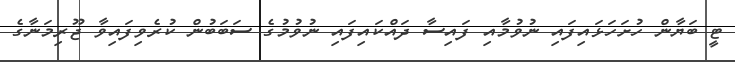
ޓީ ބަޔާން ހުށަހަޅައިފައި ނުވުމާއި ފައިސާ ދައްކައިފައި ނުވުމުގެ ސަބަބުން ކުރެވިފައިވާ ޖޫރިމަނާގެ